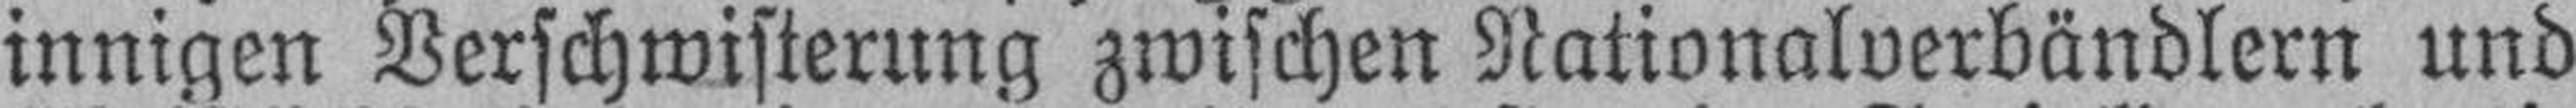
innigen Verschwisterung zwischen Nationalverbändlern und